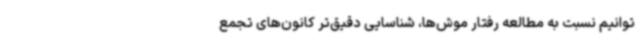
توانیم نسبت به مطالعه رفتار موش‌ها، شناسایی دقیق‌تر کانون‌های تجمع